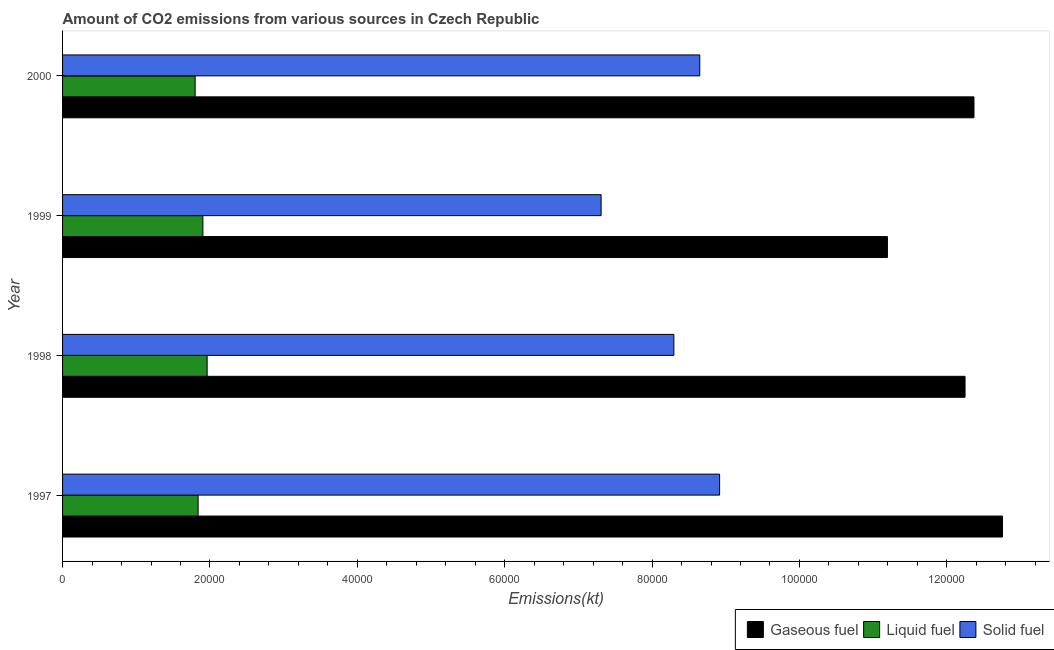
| Year | Gaseous fuel | Liquid fuel | Solid fuel |
 | --- | --- | --- | --- |
 | 1997 | 1.28e+05 | 1.84e+04 | 8.92e+04 |
 | 1998 | 1.22e+05 | 1.96e+04 | 8.3e+04 |
 | 1999 | 1.12e+05 | 1.9e+04 | 7.31e+04 |
 | 2000 | 1.24e+05 | 1.8e+04 | 8.65e+04 |